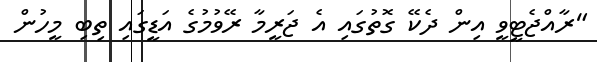
"ރާއްޖެޓީވީ އިން ދެކޭ ގޮތުގައި އެ ޖަރީމާ ރޭވުމުގެ އަޑީގައި ތިބި މީހުން